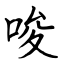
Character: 唆